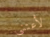
لأعتني